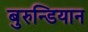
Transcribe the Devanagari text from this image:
बुरुन्डियान